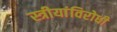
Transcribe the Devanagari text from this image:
स्त्रीयांविरोधी